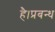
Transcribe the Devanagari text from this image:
है।प्रबन्ध